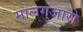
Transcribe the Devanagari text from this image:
मालगुजारो